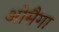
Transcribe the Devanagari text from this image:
ओमैगा